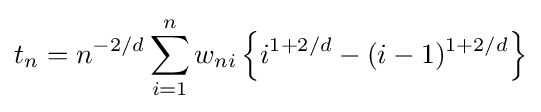
t_{n}=n^{-2/d}\sum _{i=1}^{n}w_{ni}\left\{i^{1+2/d}-(i-1)^{1+2/d}\right\}